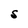
Character: S